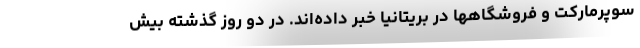
سوپرمارکت و فروشگاهها در بریتانیا خبر داده‌اند. در دو روز گذشته بیش